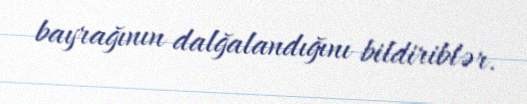
bayrağının dalğalandığını bildiriblər.